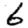
Digit: 6